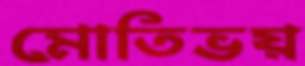
মোতিভয়